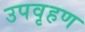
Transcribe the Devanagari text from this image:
उपवृहण